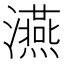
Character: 𤃇